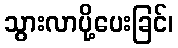
သွားလာပို့ပေးခြင်၊